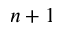
{ n + 1 }